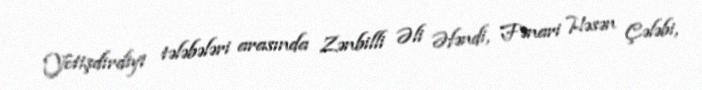
Yetişdirdiyi tələbələri arasında Zənbilli Əli Əfəndi, Fənari Həsən Çələbi,